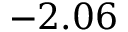
- 2 . 0 6